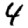
Digit: 4